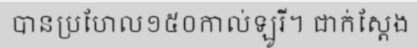
បានប្រហែល១៥០កាល់ឡូរី។ ជាក់ស្តែង